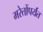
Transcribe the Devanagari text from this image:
मरेतोंपर्यंत